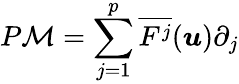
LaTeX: P\mathcal M=\sum_{j=1}^{p}\overline{{F^{j}}}(\boldsymbol{u})\partial_{j}